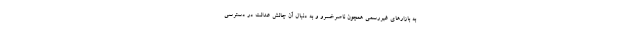
به بازارهای غیررسمی همچون ناصرخسرو و به دنبال آن چالش عدالت در دسترسی